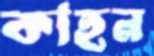
কাহন